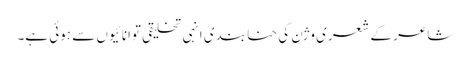
شاعر کے شعری وژن کی حنا بندی انہی تخلیقی توانائیوں سے ہوئی ہے۔